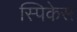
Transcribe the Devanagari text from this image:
स्पिकेस